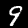
Digit: 9